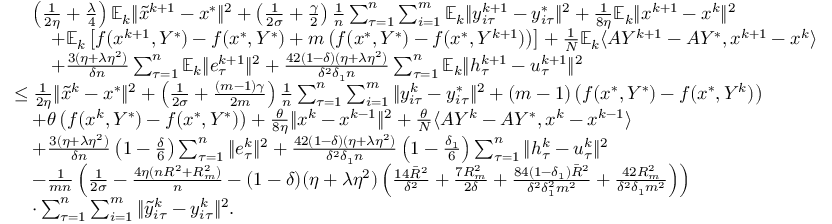
\begin{array} { r l } & { \quad \left( \frac { 1 } { 2 \eta } + \frac { \lambda } { 4 } \right) \mathbb { E } _ { k } \| { \tilde { x } } ^ { k + 1 } - x ^ { * } \| ^ { 2 } + \left( \frac { 1 } { 2 \sigma } + \frac { \gamma } { 2 } \right) \frac { 1 } { n } \sum _ { \tau = 1 } ^ { n } \sum _ { i = 1 } ^ { m } \mathbb { E } _ { k } \| y _ { i \tau } ^ { k + 1 } - y _ { i \tau } ^ { * } \| ^ { 2 } + \frac { 1 } { 8 \eta } \mathbb { E } _ { k } \| x ^ { k + 1 } - x ^ { k } \| ^ { 2 } } \\ & { \qquad + \mathbb { E } _ { k } \left[ f ( x ^ { k + 1 } , Y ^ { * } ) - f ( x ^ { * } , Y ^ { * } ) + m \left( f ( x ^ { * } , Y ^ { * } ) - f ( x ^ { * } , Y ^ { k + 1 } ) \right) \right] + \frac { 1 } { N } \mathbb { E } _ { k } \langle A Y ^ { k + 1 } - A Y ^ { * } , x ^ { k + 1 } - x ^ { k } \rangle } \\ & { \qquad + \frac { 3 ( \eta + \lambda \eta ^ { 2 } ) } { \delta n } \sum _ { \tau = 1 } ^ { n } \mathbb { E } _ { k } \| e _ { \tau } ^ { k + 1 } \| ^ { 2 } + \frac { 4 2 ( 1 - \delta ) ( \eta + \lambda \eta ^ { 2 } ) } { \delta ^ { 2 } \delta _ { 1 } n } \sum _ { \tau = 1 } ^ { n } \mathbb { E } _ { k } \| h _ { \tau } ^ { k + 1 } - u _ { \tau } ^ { k + 1 } \| ^ { 2 } } \\ & { \leq \frac { 1 } { 2 \eta } \| { \tilde { x } } ^ { k } - x ^ { * } \| ^ { 2 } + \left( \frac { 1 } { 2 \sigma } + \frac { ( m - 1 ) \gamma } { 2 m } \right) \frac { 1 } { n } \sum _ { \tau = 1 } ^ { n } \sum _ { i = 1 } ^ { m } \| y _ { i \tau } ^ { k } - y _ { i \tau } ^ { * } \| ^ { 2 } + ( m - 1 ) \left( f ( x ^ { * } , Y ^ { * } ) - f ( x ^ { * } , Y ^ { k } ) \right) } \\ & { \quad + \theta \left( f ( x ^ { k } , Y ^ { * } ) - f ( x ^ { * } , Y ^ { * } ) \right) + \frac { \theta } { 8 \eta } \| x ^ { k } - x ^ { k - 1 } \| ^ { 2 } + \frac { \theta } { N } \langle A Y ^ { k } - A Y ^ { * } , x ^ { k } - x ^ { k - 1 } \rangle } \\ & { \quad + \frac { 3 ( \eta + \lambda \eta ^ { 2 } ) } { \delta n } \left( 1 - \frac { \delta } { 6 } \right) \sum _ { \tau = 1 } ^ { n } \| e _ { \tau } ^ { k } \| ^ { 2 } + \frac { 4 2 ( 1 - \delta ) ( \eta + \lambda \eta ^ { 2 } ) } { \delta ^ { 2 } \delta _ { 1 } n } \left( 1 - \frac { \delta _ { 1 } } { 6 } \right) \sum _ { \tau = 1 } ^ { n } \| h _ { \tau } ^ { k } - u _ { \tau } ^ { k } \| ^ { 2 } } \\ & { \quad - \frac { 1 } { m n } \left( \frac { 1 } { 2 \sigma } - \frac { 4 \eta ( n R ^ { 2 } + R _ { m } ^ { 2 } ) } { n } - ( 1 - \delta ) ( \eta + \lambda \eta ^ { 2 } ) \left( \frac { 1 4 { \bar { R } } ^ { 2 } } { \delta ^ { 2 } } + \frac { 7 R _ { m } ^ { 2 } } { 2 \delta } + \frac { 8 4 ( 1 - \delta _ { 1 } ) { \bar { R } } ^ { 2 } } { \delta ^ { 2 } \delta _ { 1 } ^ { 2 } m ^ { 2 } } + \frac { 4 2 R _ { m } ^ { 2 } } { \delta ^ { 2 } \delta _ { 1 } m ^ { 2 } } \right) \right) } \\ & { \quad \cdot \sum _ { \tau = 1 } ^ { n } \sum _ { i = 1 } ^ { m } \| { \tilde { y } } _ { i \tau } ^ { k } - y _ { i \tau } ^ { k } \| ^ { 2 } . } \end{array}